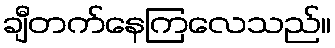
ချီတက်နေကြလေသည်။